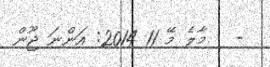
-   މާލެ މޭ 11 2014: އަންނަ ޖޫން